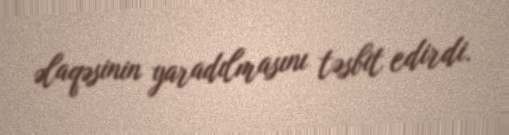
əlaqəsinin yaradılmasını təsbit edirdi.